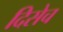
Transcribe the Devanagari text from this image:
दिसेच